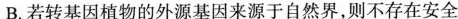
B.若转基因植物的外源基因来源于自然界，则不存在安全